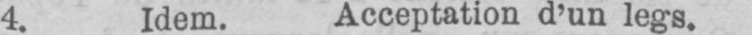
4. Idem. Acceptation d’un legs.